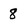
Character: 8